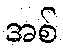
အစ်